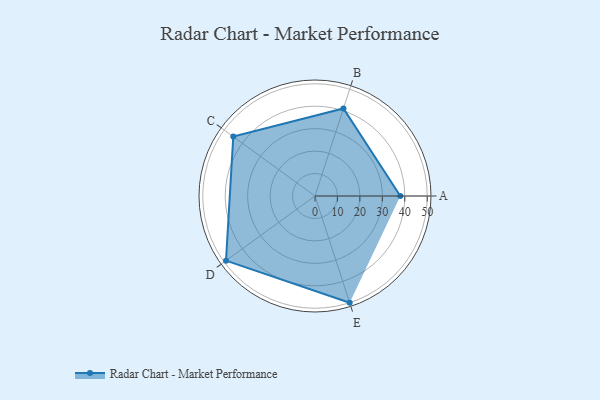
{"axis": {"x": "Skill", "y": "Score"}, "legend": ["Profile"], "data": [{"x": "A", "y": 38.0, "type": "Profile"}, {"x": "B", "y": 41.0, "type": "Profile"}, {"x": "C", "y": 45.0, "type": "Profile"}, {"x": "D", "y": 49.0, "type": "Profile"}, {"x": "E", "y": 50.0, "type": "Profile"}]}